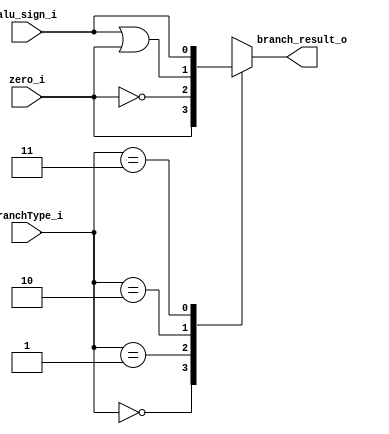
//0316055_0316313
//Subject:     CO project 3 - Simple Single CPU
//--------------------------------------------------------------------------------
//Version:     1
//--------------------------------------------------------------------------------
//Writer:
//----------------------------------------------
//Date:
//----------------------------------------------
//Description:
//--------------------------------------------------------------------------------

module Branch_MUX(
    input [1:0]branchType_i,
    input zero_i,
    input alu_sign_i,
    output reg branch_result_o
    );

    //Parameter of branch type
	parameter BRH_ZERO1			= 0;
	parameter BRH_ZERO0			= 1;
	parameter BRH_RESULT1_ZERO1	= 2;
	parameter BRH_RESULT1		= 3;

    always @ ( * ) begin
        case(branchType_i)
            BRH_ZERO1:begin
                branch_result_o = zero_i;
            end
            BRH_ZERO0:begin
                branch_result_o = !zero_i;
            end
            BRH_RESULT1_ZERO1:begin
                branch_result_o = alu_sign_i | zero_i ;
            end
            BRH_RESULT1:begin
                branch_result_o = alu_sign_i;
            end
        endcase
    end

endmodule